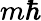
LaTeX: m\hbar